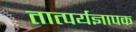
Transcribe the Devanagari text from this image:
तात्पर्यज्ञापक